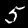
Label: 5